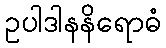
ဥပါဒါနနိရောဓံ